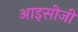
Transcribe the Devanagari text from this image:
आइसीजी